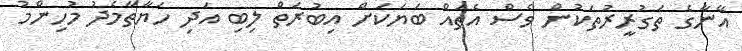
އޭނާގެ ތަގުރީރުތަކުން ވެސް އެތައް ބަޔަކަށް އިބުރަތް ލިބި އަދި ހަޔާތާމެދު މުހިންމު